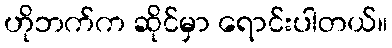
ဟိုဘက်က ဆိုင်မှာ ရောင်းပါတယ်။